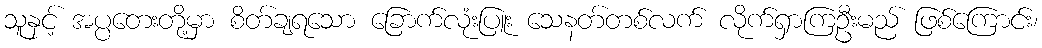
သူနှင့် အပ္ပတေးတို့မှာ စိတ်ချရသော ခြောက်လုံးပြူး သေနတ်တစ်လက် လိုက်ရှာကြဦးမည် ဖြစ်ကြောင်း၊